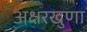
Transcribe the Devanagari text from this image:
अक्षरखुणा